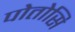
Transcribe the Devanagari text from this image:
पोतोसि